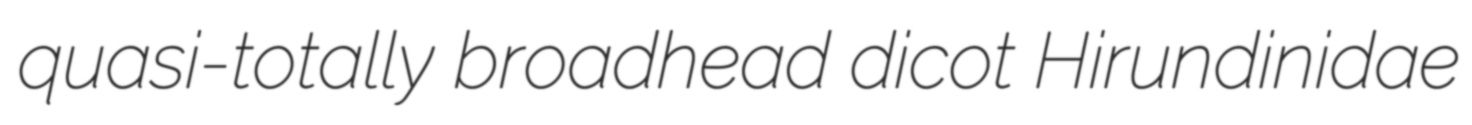
quasi-totally broadhead dicot Hirundinidae